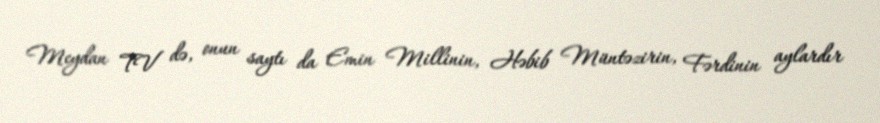
Meydan TV də, onun saytı da Emin Millinin, Həbib Müntəzirin, Fərdinin aylardır